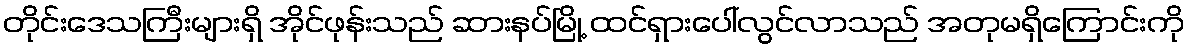
တိုင်းဒေသကြီးများရှိ အိုင်ဖုန်းသည် ဆားနပ်မြို့ ထင်ရှားပေါ်လွင်လာသည် အတုမရှိကြောင်းကို